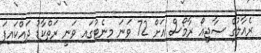
ރެއާލުގެ ސާޖިއޯ ރާމޯސް އަށް 72 ވަނަ މިނެޓުގައި ވަނީ ރަތްކާޑު ދައްކައިފަ